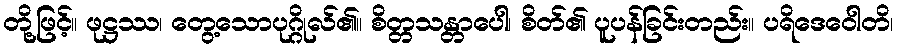
တို့ဖြင့်။ ဖုဋ္ဌဿ၊ တွေ့သောပုဂ္ဂိုလ်၏။ စိတ္တသန္တာပေါ၊ စိတ်၏ ပူပန်ခြင်းတည်း။ ပရိဒေဝေါတိ၊